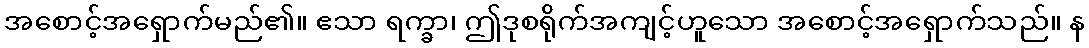
အစောင့်အရှောက်မည်၏။ ဧသာ ရက္ခာ၊ ဤဒုစရိုက်အကျင့်ဟူသော အစောင့်အရှောက်သည်။ န